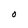
Character: O